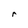
Character: r